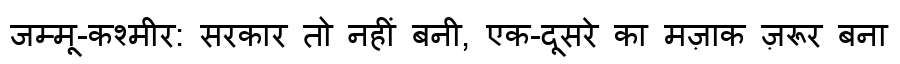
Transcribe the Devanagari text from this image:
जम्मू-कश्मीर: सरकार तो नहीं बनी, एक-दूसरे का मज़ाक ज़रूर बना